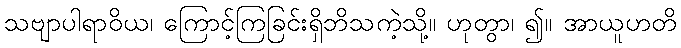
သဗျာပါရာဝိယ၊ ကြောင့်ကြခြင်းရှိဘိသကဲ့သို့။ ဟုတွာ၊ ၍။ အာယူဟတိ